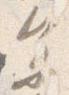
参